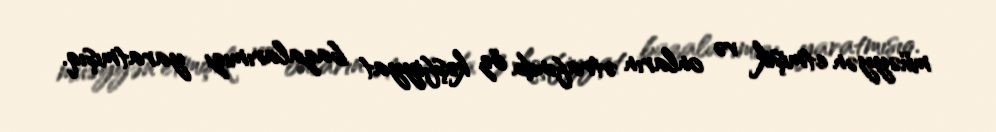
müəyyən etmişik və onların ətrafında öz kəşfiyyat bazalarımızı yaratmışıq.